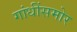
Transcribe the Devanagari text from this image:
गांधींसमोर